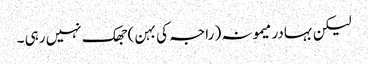
لیکن بہادر میمونہ ( راجہ کی بہن ) جھک نہیں رہی ۔